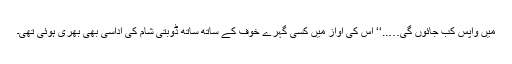
میں واپس کب جائوں گی…..‘‘ اس کی آواز میں کسی گہرے خوف کے ساتھ ساتھ ڈوبتی شام کی اداسی بھی بھری ہوئی تھی۔